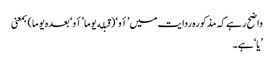
واضح رہے کہ مذکورہ روایت میں ’أو‘ (قبله یوما ’أو‘ بعدہ یوما) بمعنی
’یا‘ ہے۔